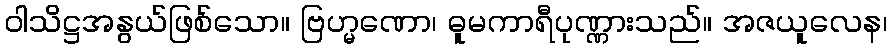
ဝါသိဋ္ဌအနွယ်ဖြစ်သော။ ဗြဟ္မဏော၊ ဓူမကာရီပုဏ္ဏားသည်။ အဇယူလေန၊